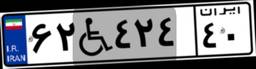
۴۶W۴۳۵۰۲